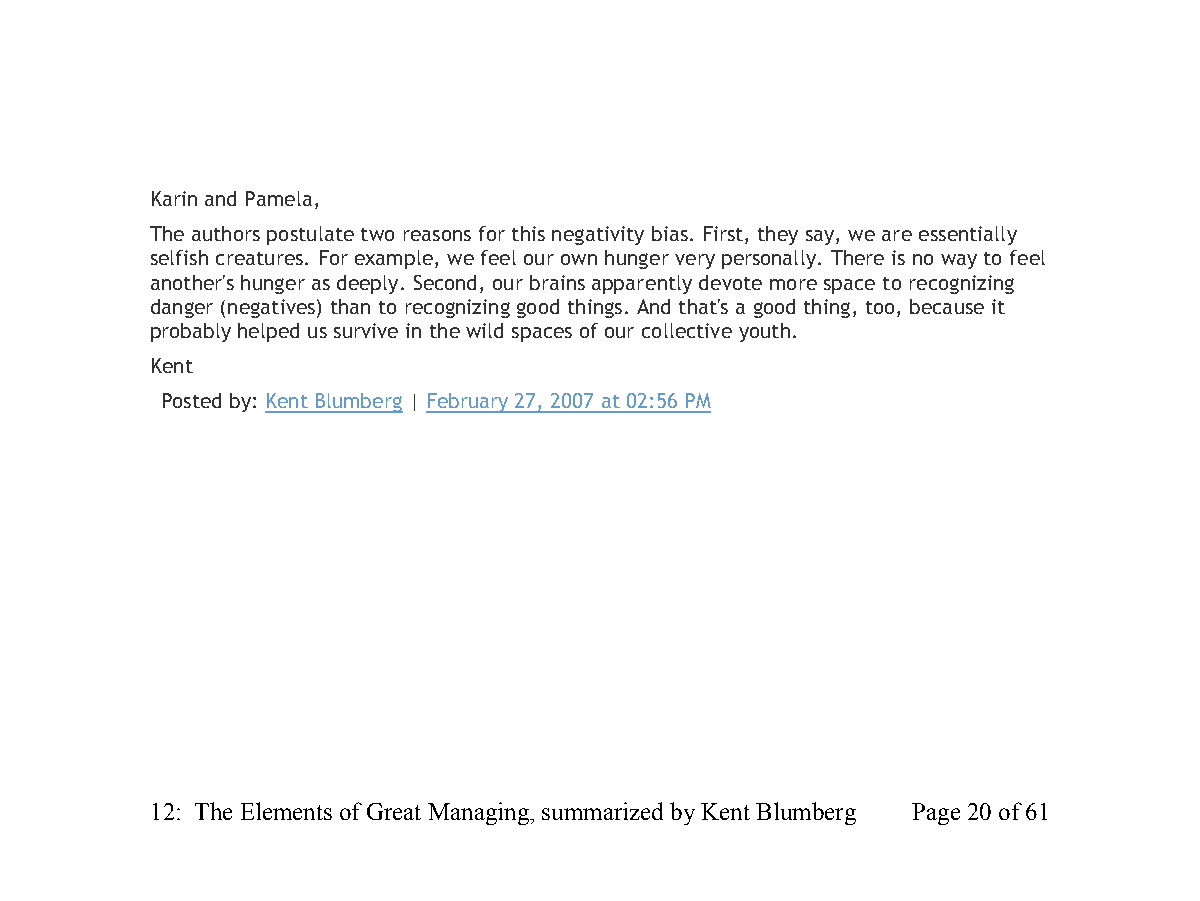
Karin and Pamela,
 The authors postulate two reasons for this negativity bias. First, they say, we are essentially
 selfish creatures. For example, we feel our own hunger very personally. There is no way to feel
 another's hunger as deeply. Second, our brains apparently devote more space to recognizing
 danger (negatives) than to recognizing good things. And that's a good thing, too, because it
 probably helped us survive in the wild spaces of our collective youth.
 Kent
 Posted by: Kent Blumberg | February 27, 2007 at 02:56 PM
 12: The Elements of Great Managing, summarized by Kent Blumberg Page 20 of 61